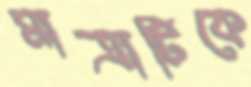
মাত্রাটিকে